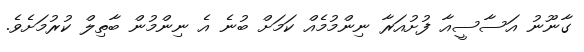
ގާނޫނު އަސާސީއާ ފުށުއަރާ ނިންމުމެއް ކަމަށް ބުނެ އެ ނިންމުން ބާތިލް ކުރުމަށެވެ.